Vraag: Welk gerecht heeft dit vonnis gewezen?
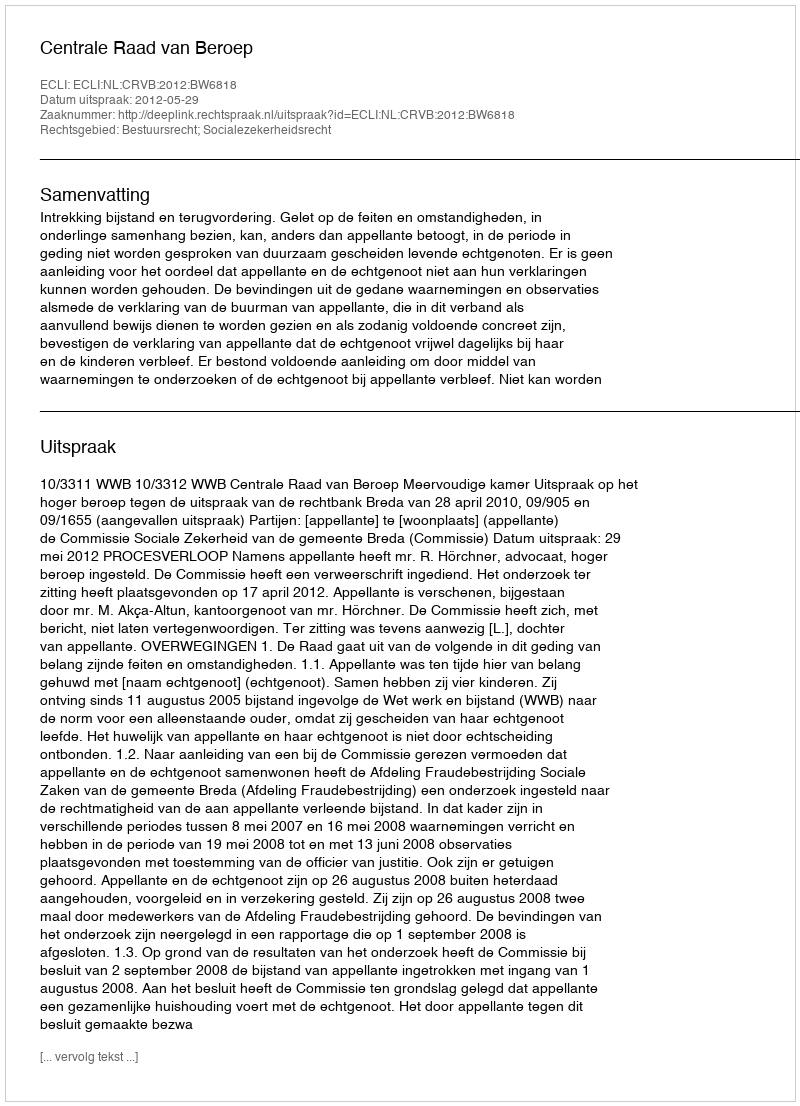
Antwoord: Centrale Raad van Beroep